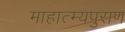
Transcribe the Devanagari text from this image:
माहात्म्यपुराण